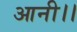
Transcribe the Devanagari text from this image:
आनी।।